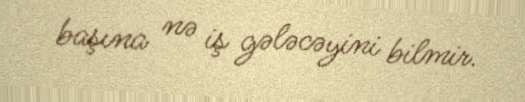
başına nə iş gələcəyini bilmir.